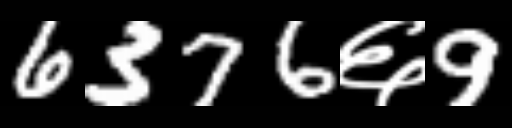
Text: 6376६9